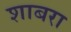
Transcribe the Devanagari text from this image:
शाबरा